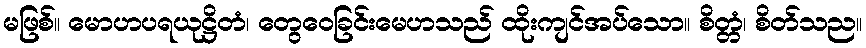
မဖြစ်။ မောဟပရယုဋ္ဌိတံ၊ တွေဝေခြင်းမေဟသည် ထိုးကျင်အပ်သော။ စိတ္တံ၊ စိတ်သည။